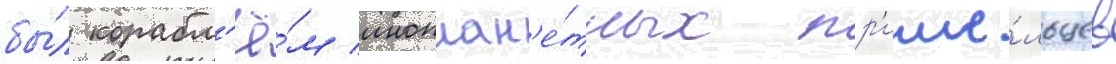
бы́л корабл'ё́м иноплан'е́тных пр'ише́льцев